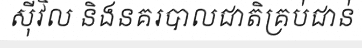
ស៊ីវិល និងនគរបាលជាតិគ្រប់ជាន់